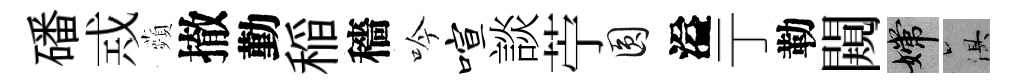
磻𢦶蘋撤勤稲穡吟喧談苧圓溢亍勒闚嫦俱